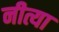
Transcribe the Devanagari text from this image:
नीत्या